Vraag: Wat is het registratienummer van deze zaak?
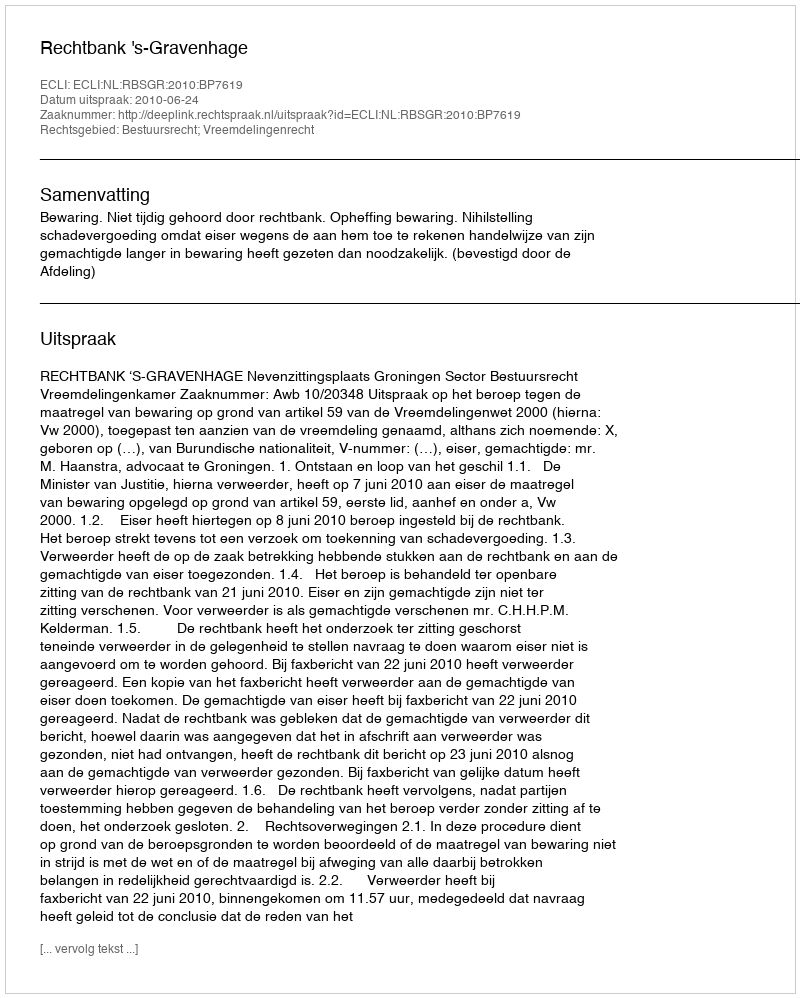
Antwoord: http://deeplink.rechtspraak.nl/uitspraak?id=ECLI:NL:RBSGR:2010:BP7619